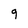
Character: 9